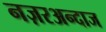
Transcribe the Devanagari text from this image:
नज़रअन्दाज